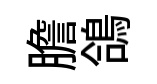
膽鴿